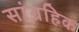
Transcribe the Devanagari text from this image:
सांग्रहिक